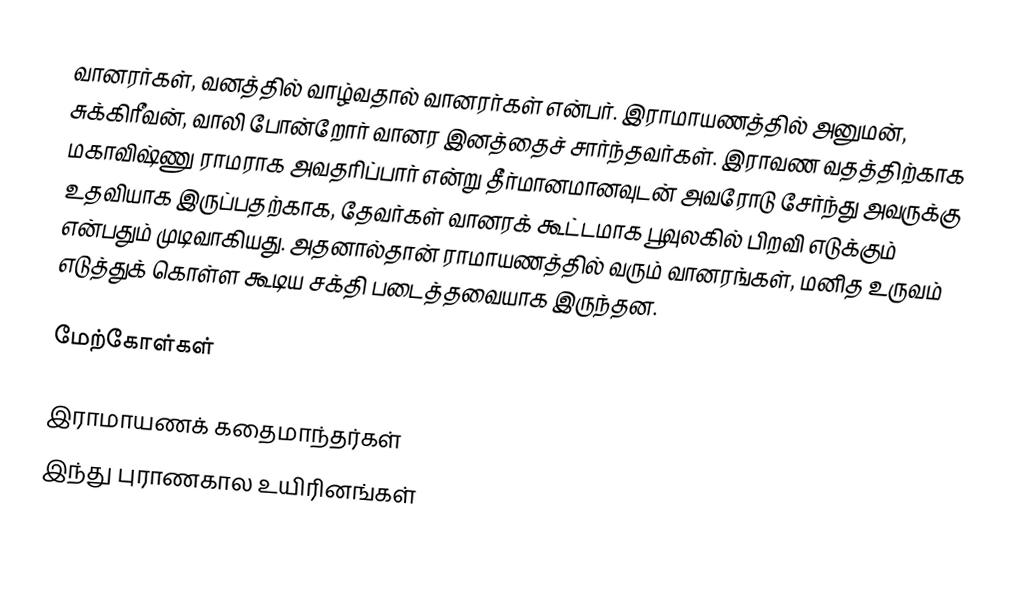
வானரர்கள், வனத்தில் வாழ்வதால் வானரர்கள் என்பர். இராமாயணத்தில் அனுமன், சுக்கிரீவன், வாலி போன்றாேர் வானர இனத்தைச் சார்ந்தவர்கள்.   இராவண  வதத்திற்காக மகாவிஷ்ணு   ராமராக அவதரிப்பார் என்று தீர்மானமானவுடன் அவரோடு சேர்ந்து அவருக்கு  உதவியாக இருப்பதற்காக, தேவர்கள் வானரக் கூட்டமாக பூவுலகில்  பிறவி எடுக்கும் என்பதும் முடிவாகியது. அதனால்தான் ராமாயணத்தில் வரும்  வானரங்கள், மனித உருவம் எடுத்துக் கொள்ள கூடிய சக்தி படைத்தவையாக இருந்தன.

மேற்கோள்கள்

இராமாயணக் கதைமாந்தர்கள்
இந்து புராணகால உயிரினங்கள்